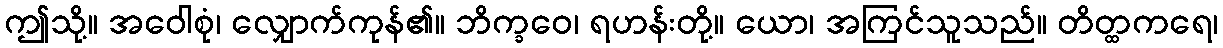
ဤသို့။ အဝေါစုံ၊ လျှောက်ကုန်၏။ ဘိက္ခဝေ၊ ရဟန်းတို့။ ယော၊ အကြင်သူသည်။ တိတ္ထကရေ၊